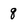
Character: 8